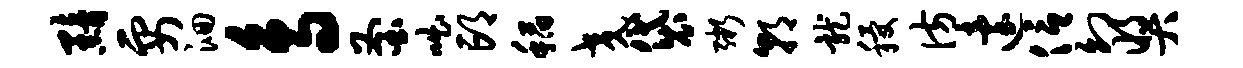
黯要洄鸟釜咄邙稻交袋粥朝龙稷彷迨信幻奖